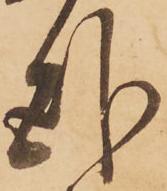
臥